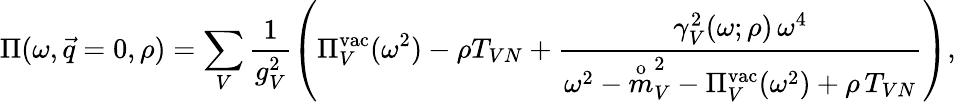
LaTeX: \Pi(\omega,\vec{q}=0,\rho)=\sum_{V}\frac{1}{g_{V}^{2}}\left(\Pi_{V}^{\mathrm{vac}}(\omega^{2})-\rho T_{VN}+\frac{\gamma_{V}^{2}(\omega;\rho)\, \omega^{4}}{\omega^{2}-\stackrel{\mathrm{o}}{m}_{V}^{2}-\Pi_{V}^{\mathrm{vac}}(\omega^{2})+\rho\, T_{VN}}\right),